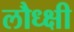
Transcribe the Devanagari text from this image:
लौध्क्षी